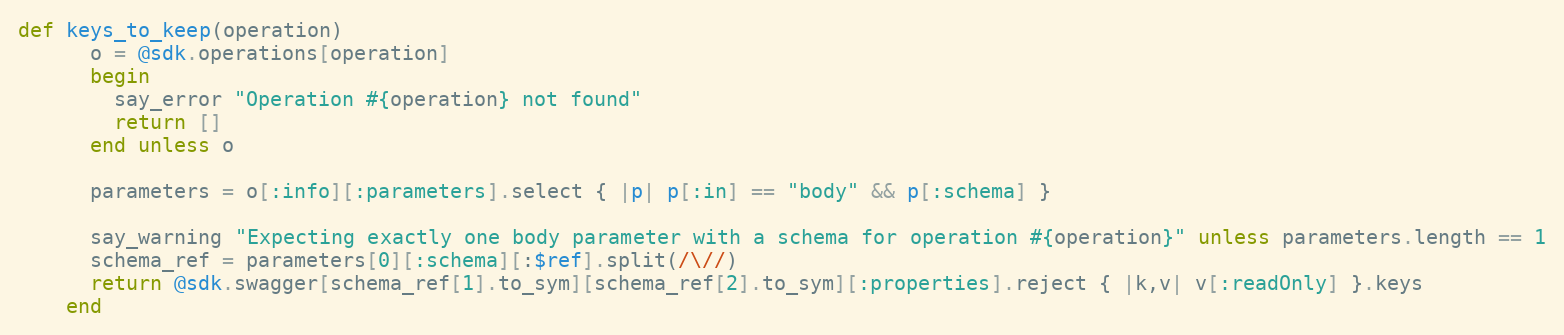
Language: Ruby
def keys_to_keep(operation)
      o = @sdk.operations[operation]
      begin
        say_error "Operation #{operation} not found"
        return []
      end unless o

      parameters = o[:info][:parameters].select { |p| p[:in] == "body" && p[:schema] }

      say_warning "Expecting exactly one body parameter with a schema for operation #{operation}" unless parameters.length == 1
      schema_ref = parameters[0][:schema][:$ref].split(/\//)
      return @sdk.swagger[schema_ref[1].to_sym][schema_ref[2].to_sym][:properties].reject { |k,v| v[:readOnly] }.keys
    end